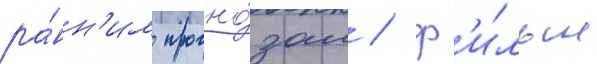
ра́нн'им прогно́зам / ф'и́льм